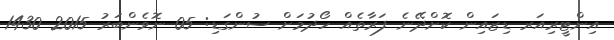
އިންޓީރިއަރ ޑިޒައިން ކޮށްދޭނެ ފަރާތެއް ހޯދުމަށް ސުންގަޑި: 05 ނޮވެންބަރު 2015 1430